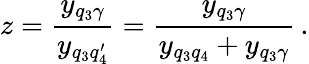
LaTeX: z=\frac{y_{q_{3}\gamma}}{y_{q_{3}q_{4}^{\prime}}}=\frac{y_{q_{3}\gamma}}{y_{q_{3}q_{4}}+y_{q_{3}\gamma}}\, .